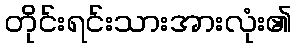
တိုင်းရင်းသားအားလုံး၏